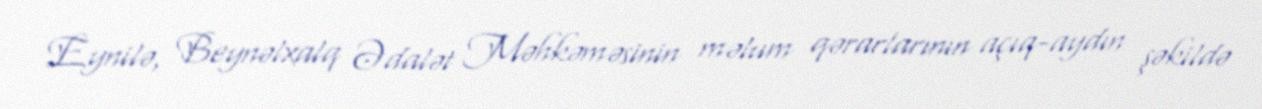
Eynilə, Beynəlxalq Ədalət Məhkəməsinin məlum qərarlarının açıq-aydın şəkildə